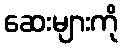
ဆေးများကို